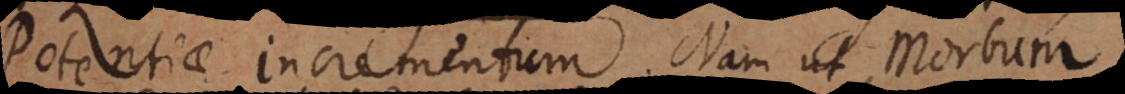
Potentiae incrementum. Nam ut Morbum